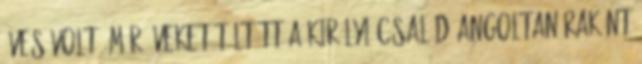
éves volt, már éveket töltött a királyi család angoltanáraként